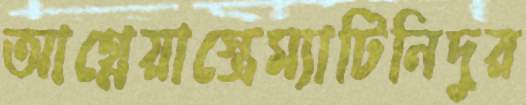
আগ্নেয়াস্ত্রেম্যাটিনিদুর